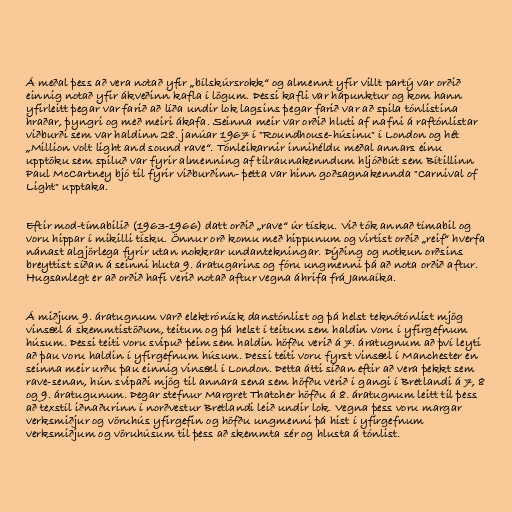
Á meðal þess að vera notað yfir „bílskúrsrokk“ og almennt yfir villt partý var orðið
einnig notað yfir ákveðinn kafla í lögum. Þessi kafli var hápunktur og kom hann
yfirleitt þegar var farið að líða undir lok lagsins þegar farið var að spila tónlistina
hraðar, þyngri og með meiri ákafa. Seinna meir var orðið hluti af nafni á raftónlistar
viðburði sem var haldinn 28. janúar 1967 í "Roundhouse-húsinu" í London og hét
„Million volt light and sound rave“. Tónleikarnir innihéldu meðal annars einu
upptöku sem spiluð var fyrir almenning af tilraunakenndum hljóðbút sem Bítillinn
Paul McCartney bjó til fyrir viðburðinn- þetta var hinn goðsagnakennda "Carnival of
Light" upptaka.

Eftir mod-tímabilið (1963-1966) datt orðið „rave“ úr tísku. Við tók annað tímabil og
voru hippar í mikilli tísku. Önnur orð komu með hippunum og virtist orðið „reif“ hverfa
nánast algjörlega fyrir utan nokkrar undantekningar. Þýðing og notkun orðsins
breyttist síðan á seinni hluta 9. áratugarins og fóru ungmenni þá að nota orðið aftur.
Hugsanlegt er að orðið hafi verið notað aftur vegna áhrifa frá Jamaíka.

Á miðjum 9. áratugnum varð elektrónísk danstónlist og þá helst teknótónlist mjög
vinsæl á skemmtistöðum, teitum og þá helst í teitum sem haldin voru í yfirgefnum
húsum. Þessi teiti voru svipuð þeim sem haldin höfðu verið á 7. áratugnum að því leyti
að þau voru haldin í yfirgefnum húsum. Þessi teiti voru fyrst vinsæl í Manchester en
seinna meir urðu þau einnig vinsæl í London. Þetta átti síðan eftir að vera þekkt sem
rave-senan, hún svipaði mjög til annara sena sem höfðu verið í gangi í Bretlandi á 7, 8
og 9. áratugunum. Þegar stefnur Margret Thatcher höfðu á 8. áratugnum leitt til þess
að texstíl iðnaðurinn í norðvestur Bretlandi leið undir lok. Vegna þess voru margar
verksmiðjur og vöruhús yfirgefin og höfðu ungmenni þá hist í yfirgefnum
verksmiðjum og vöruhúsum til þess að skemmta sér og hlusta á tónlist.